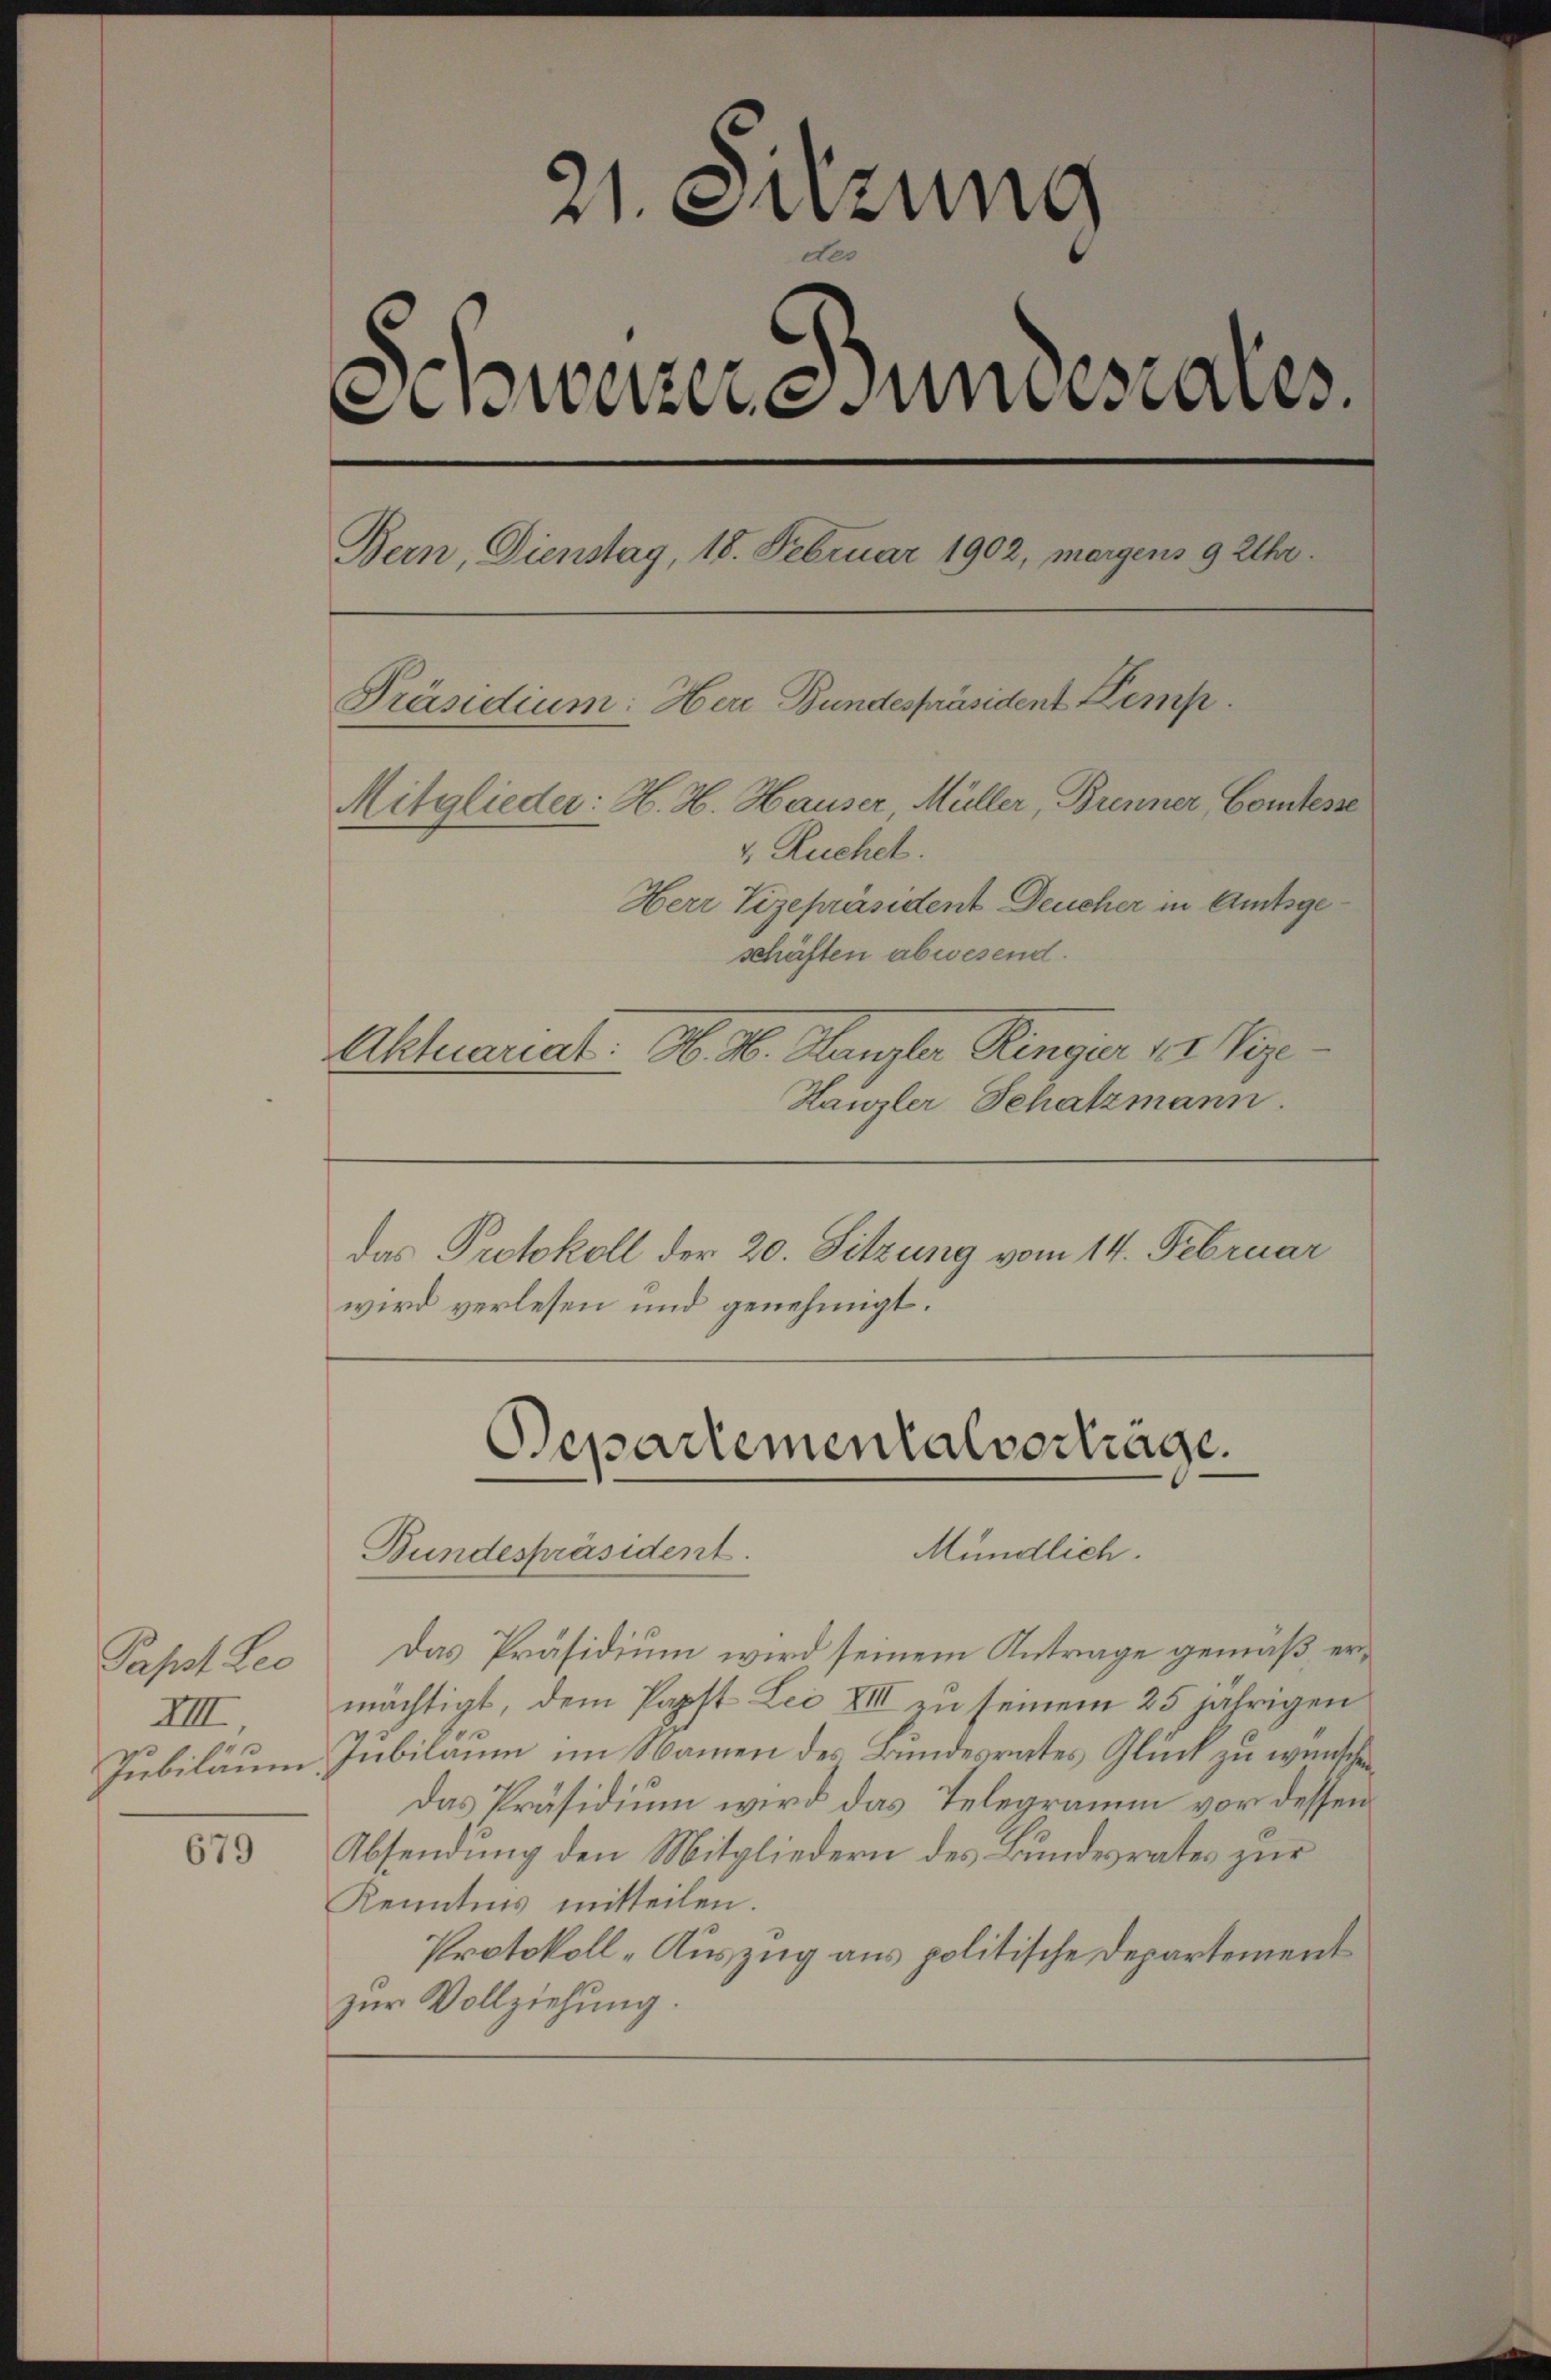
Papst Leo
XIII.

679

21. Sitzung
Schweizer Dunstales.
Bern, Dienstag, 18. Februar 1902, morgens 9 Uhr.
Präsidium: Herr Bundespräsident Kemp
Mitglieder: H. H. Hauser, Müller, Brenner Comtesse
v. Ruchet.
Herr Vizepräsident Deucher in Amtsgeschäften abwesend.
Aktuariat. H. H. Kanzler Ringer 12 Vize-
Hanzler Schatzmann.

das Protokoll der 20. Sitzung vom 14. Februar
wird verlesen und genehmigt.

Das Präsidium wird seinem Antrage gemäß ermächtigt, dem Papst Lei XIII zu seinem 25 jährigen
Jubiläum Jubilaum im Namen des Bundesrates Glück zu wünschen
Das Präsidium wird das Telegramm vor dessen
Absendung den Mitgliedern des Bundesrates zur
Kenntnis mitteilen.
Protokoll-Auszug aus politische Departement
zur Vollziehung.

Departementalverträge.
Mündlich.
Bundespräsident.